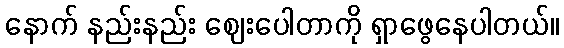
နောက် နည်းနည်း ဈေးပေါတာကို ရှာဖွေနေပါတယ်။